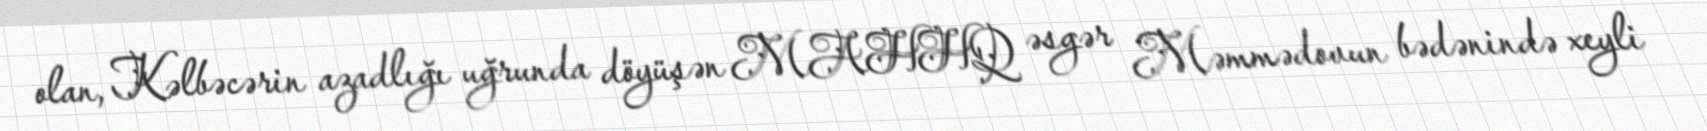
olan, Kəlbəcərin azadlığı uğrunda döyüşən MAHHQ əsgər Məmmədovun bədənində xeyli